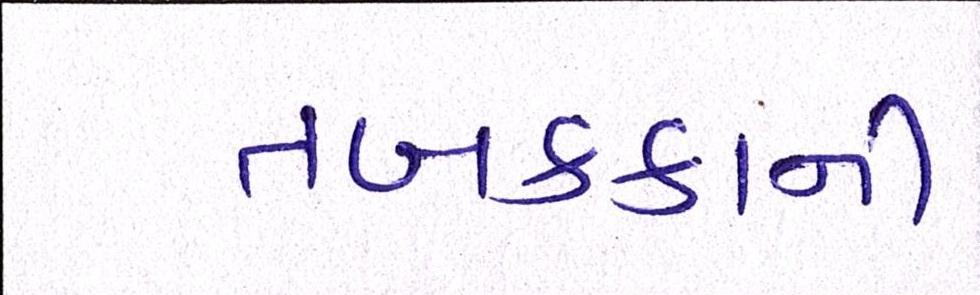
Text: તબક્કાની